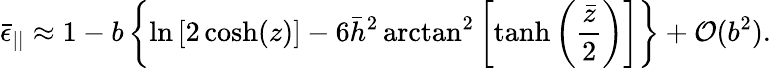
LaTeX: \bar{\epsilon}_{||}\approx 1-b\left\lbrace\ln\left[2\cosh(z)\right]-6\bar{h}^{2}\arctan^{2}\left[\operatorname{tanh}\left(\frac{\bar{z}}{2}\right)\right]\right\rbrace+\mathcal{O}(b^{2}).